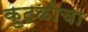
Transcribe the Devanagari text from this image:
कुदळीचा